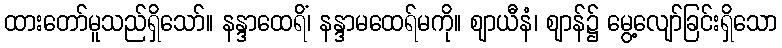
ထားတော်မူသည်ရှိသော်။ နန္ဒာထေရိံ၊ နန္ဒာမထေရ်မကို။ ဈာယီနံ၊ ဈာန်၌ မွေ့လျော်ခြင်းရှိသော